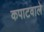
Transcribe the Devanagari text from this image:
कपाटवाले